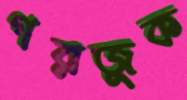
গরজুক